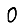
Digit: 0